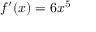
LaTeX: f ^ { \prime } ( x ) = 6 x ^ { 5 }